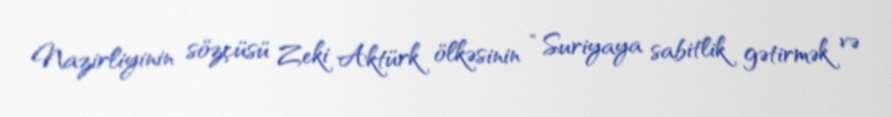
Nazirliyinin sözçüsü Zeki Aktürk ölkəsinin “Suriyaya sabitlik gətirmək və